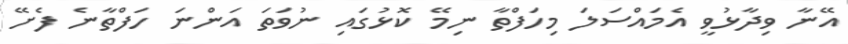
އޭނާ ވިދާޅުވީ އެމައްސަލަ މިހަފްތާ ނިމޭ ކޮޅުގައި ނުވަތަ އަންނަ ހަފްތާނެ ފެށޭ